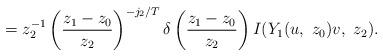
LaTeX: \begin{align*}=z_{2}^{-1}\left(\frac{z_1-z_0}{z_2}\right)^{-j_2/T}\delta\left(\frac{z_{1}-z_{0}}{z_{2}}\right)I(Y_{1}(u,\ z_{0})v,\ z_{2}).\end{align*}